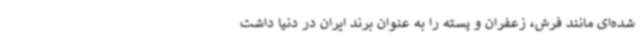
شده‌ای مانند فرش، زعفران و پسته را به عنوان برند ایران در دنیا داشت